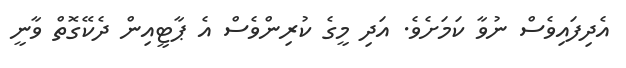
އެދިފައިވެސް ނުވާ ކަމަށެވެ. އަދި މީގެ ކުރިންވެސް އެ ޕާޓީއިން ދެކޭގޮތް ވާނީ